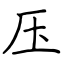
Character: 压